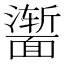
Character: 𬰣